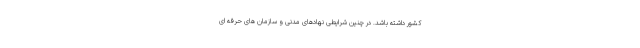
کشور داشته باشد. در چنین شرایطی نهادهای مدنی و سازمان های حرفه ای